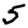
Digit: 5